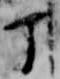
丁